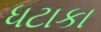
ધટાકા